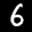
Label: 6